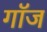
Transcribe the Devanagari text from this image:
गॉज